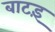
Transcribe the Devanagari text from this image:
बाटइं